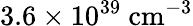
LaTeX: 3.6\times 10^{39}~\mathrm{{cm}^{-3}}